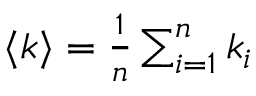
\begin{array} { r } { \langle k \rangle = \frac { 1 } { n } \sum _ { i = 1 } ^ { n } k _ { i } } \end{array}